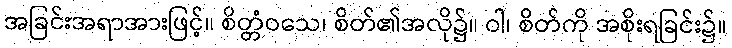
အခြင်းအရာအားဖြင့်။ စိတ္တံဝသေ၊ စိတ်၏အလို၌။ ဝါ၊ စိတ်ကို အစိုးရခြင်း၌။